Lunatic asylums in Bengal annual reports 1888-1898 - 1888-1898
Year: 1888
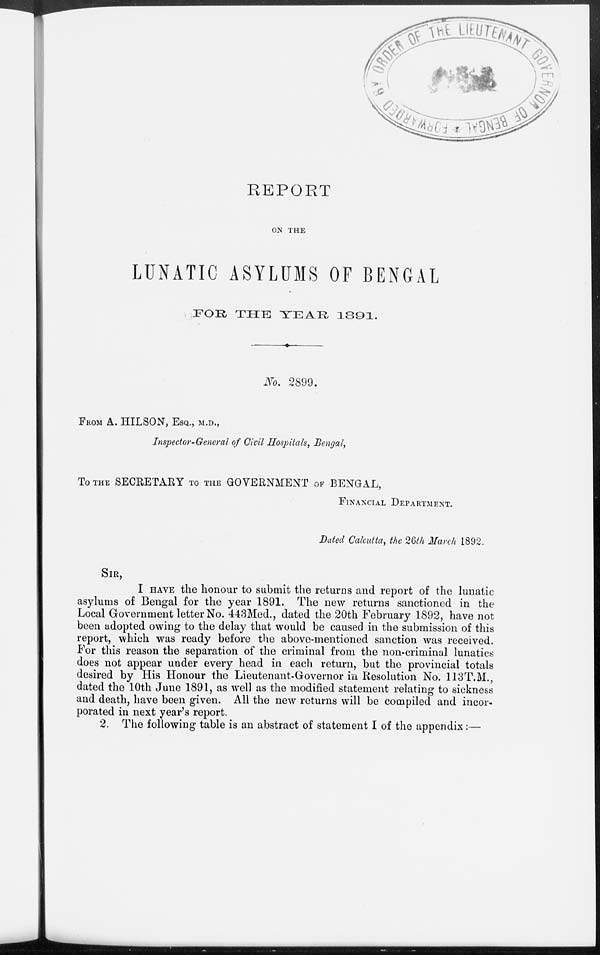
REPORT
ON THE
LUNATIC ASYLUMS OF BENGAL
FOR THE YEAR 1891.
No. 2899.
FROM A. HILSON, ESQ., M.D.,
Inspector-General of Civil Hospitals, Bengal,
To THE SECRETARY TO THE GOVERNMENT OF BENGAL,
FINANCIAL DEPARTMENT.
Dated Calcutta, the 26th March 1892.
SIR,
I HAVE the honour to submit the returns and report of the lunatic
asylums of Bengal for the year 1891. The new returns sanctioned in the
Local Government letter No. 443Med., dated the 20th February 1892, have not
been adopted owing to the delay that would be caused in the submission of this
report, which was ready before the above-mentioned sanction was received.
For this reason the separation of the criminal from the non-criminal lunatics
does not appear under every head in each return, but the provincial totals
desired by His Honour the Lieutenant-Governor in Resolution No. 113T.M.,
dated the 10th June 1891, as well as the modified statement relating to sickness
and death, have been given. All the new returns will be compiled and incor-
porated in next year's report.
2. The following table is an abstract of statement I of the appendix:—